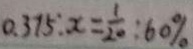
0 . 3 7 5 : x = \frac { 1 } { 2 0 } : 6 0 \%